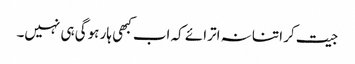
جیت کر اتنا نہ اترائے کہ اب کبھی ہار ہوگی ہی نہیں۔